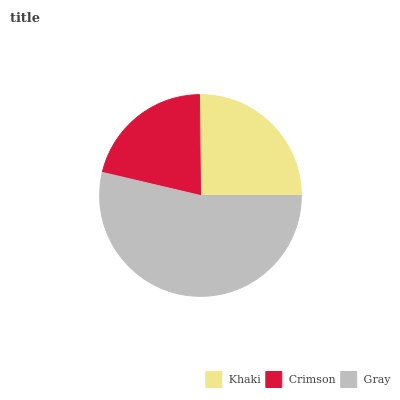
| Khaki | Crimson | Gray |
 | --- | --- | --- |
 | 25.2% | 21.2% | 53.7% |